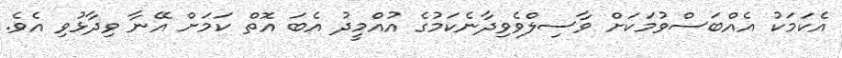
އެކަމަކު އެއްބަސްވުމަކަށް ވާސިލްވެވިދާނެކަމުގެ އުއްމީދު އެބަ އޮތް ކަމަށް އޭނާ ވިދާޅުވި އެވެ.